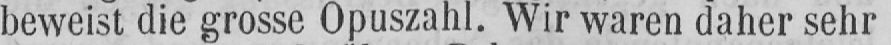
beweist die grosse Opuszahl. Wir waren daher sehr